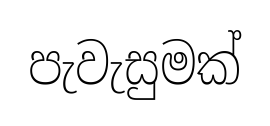
පැවැසුමක්